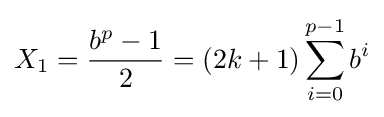
X_{1}={\frac {b^{p}-1}{2}}=(2k+1)\sum _{i=0}^{p-1}b^{i}